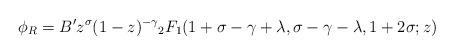
LaTeX: \begin{align*}\phi_R= B^{\prime}z^{\sigma}(1-z)^{-\gamma}{_2F_1}(1+\sigma-\gamma+\lambda,\sigma-\gamma-\lambda,1+2\sigma;z)\end{align*}